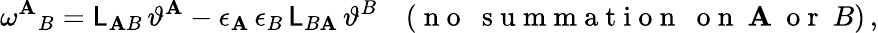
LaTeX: \omega^{\mathbf{A}}{}_{B}=\mathsf{{L}}_{\mathbf{A}B}\, \vartheta^{\mathbf{A}}-\epsilon_{\mathbf{A}}\, \epsilon_{B}\, \mathsf{{L}}_{B\mathbf{A}}\, \vartheta^{B}\quad(\mathrm{{~n~o~~~s~u~m~m~a~t~i~o~n~~~o~n~}}~\mathbf{A}~\mathrm{{~o~r~}}~B)\, ,